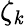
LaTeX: \zeta_{\mathit{k}}